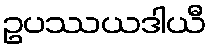
ဥပဿယဒါယီ